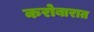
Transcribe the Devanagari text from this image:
करोबारात